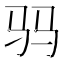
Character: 𱄿